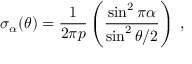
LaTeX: \sigma _ { \alpha } ( \theta ) = { \frac { 1 } { 2 \pi p } } \left( { \frac { \sin ^ { 2 } { \pi \alpha } } { \sin ^ { 2 } { \theta / 2 } } } \right) \; ,